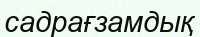
садрағзамдық